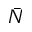
\bar { N }